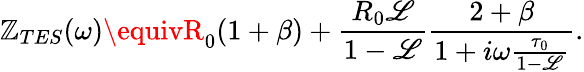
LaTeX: \mathbb{Z}_{TES}(\omega)\equivR_{0}(1+\beta)+\frac{{R_{0}\mathscr{{L}}}}{{1-\mathscr{{L}}}}\frac{{2+\beta}}{{1+i\omega\frac{{\tau_{0}}}{{1-\mathscr{{L}}}}}}.